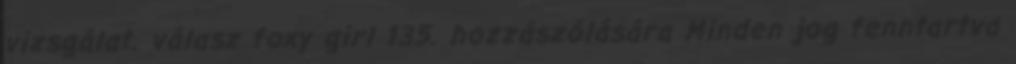
vizsgálat. válasz foxy girl 135. hozzászólására Minden jog fenntartva